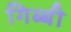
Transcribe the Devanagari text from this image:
गिब्बी